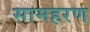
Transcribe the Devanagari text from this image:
सामहरण